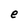
Character: e